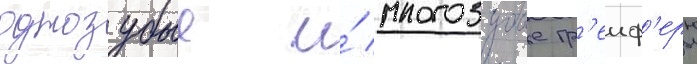
однозубые и́ многозубые гр'еиф'еры